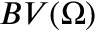
B V ( \Omega )